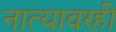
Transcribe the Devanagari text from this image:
नात्यावरही